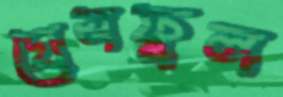
গ্রেসফুল